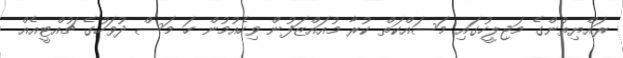
ރައްޔިތުންގެ މަޖިލީހުގައި މަސައްކަތް ކުރާ މުއައްޒަފުން ވިހެއުމުން ހަ މަސް ދުވަހުގެ ޗުއްޓީއެއް